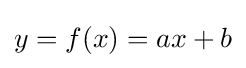
y=f(x)=ax+b